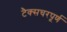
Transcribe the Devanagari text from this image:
टैक्सचरपूर्ण